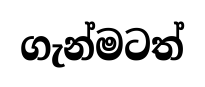
ගැන්මටත්